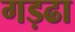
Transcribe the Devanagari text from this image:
गड़ढा